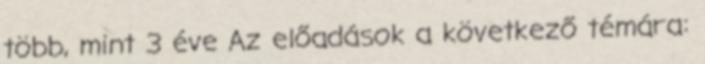
több, mint 3 éve Az előadások a következő témára: